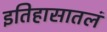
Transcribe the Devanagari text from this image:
इतिहासातलं